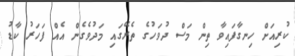
ކުރިއަށް ހިނގާފައިވާ ތިން މަސް ދުވަހުގެ ތެރޭގައި މަދުވެގެން އެއް ފަހަރު ކާޑު